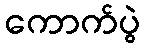
ကောက်ပွဲ